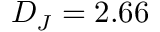
D _ { J } = 2 . 6 6